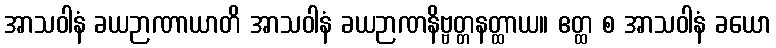
အာသဝါနံ ခယဉာဏာယာတိ အာသဝါနံ ခယဉာဏနိဗ္ဗတ္တနတ္ထာယ။ ဧတ္ထ စ အာသဝါနံ ခယော